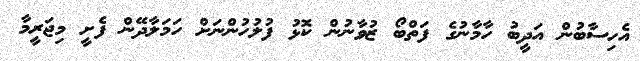
އެހިސާބުން އަދީބު ހާމާނުގެ ފަތްބޯ ޒުވާނުން ކޮޅު ފުލުހުންނަށް ހަމަލާދޭން ފެށީ މިޖަރީމާ